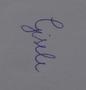
Signature authenticity: genuine